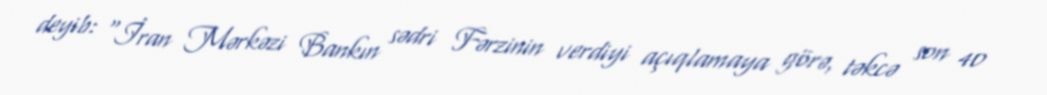
deyib: “İran Mərkəzi Bankın sədri Fərzinin verdiyi açıqlamaya görə, təkcə son 40